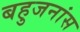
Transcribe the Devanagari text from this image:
बहुजनांस